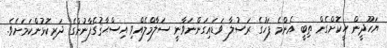
ޔަހޫދީން ހީކޮށްގެން ތިބީ އެންމެ ފަހުގެ ރަސުލާ ވަޑައިގަންނަވާނީ ސަލާމްލެއްވި އިސްޙާޤުގެފާނުންގެ ދަރިކޮޅުންކަމަށެވެ.